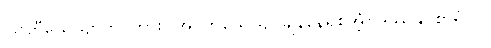
ဩဟီယေယျာတိ၊ ကား။ အဝတိယေယျ၊ ချန်နေရစ်အံ့။ ဒဿနူပစာရံ ဝါ၊